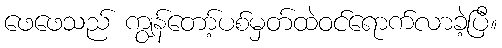
ဖေဖေသည် ကျွန်တော့်ပစ်မှတ်ထဲဝင်ရောက်လာခဲ့ပြီ။